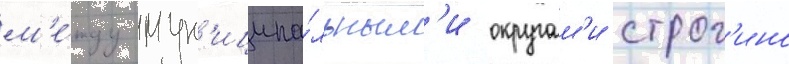
м'е́жду мун'иципа́льным'и округам'и строг'ино